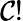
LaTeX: \mathcal{C}!